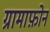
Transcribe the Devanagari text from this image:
ग्रामाफ़ोन